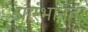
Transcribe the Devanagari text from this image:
प्रारंभानंतर